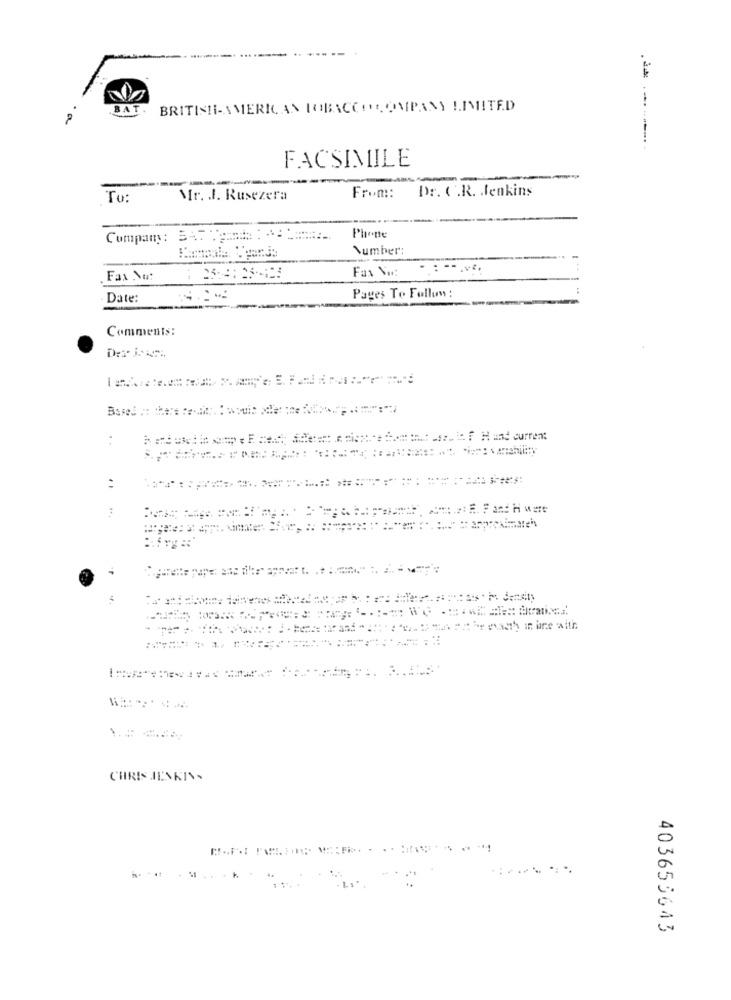
BAT.
BRITISH-AMERICAN TOBACCOCOMPANY LIMITED
FACSIMILE
From :: Dr. C .R. Jenkins
Tu :
Mr. . I. Rusezera
Company: 3477 ::::
Phone
Number:
Fax Vw: -
Fax Nu:
Pages To Follow :
Date:
Comments:
CHRIS JENKINS
.....
403653643